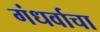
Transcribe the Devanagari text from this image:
गंधर्वाचा